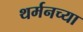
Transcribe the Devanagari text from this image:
थर्मनच्या